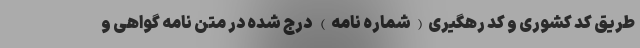
طریق کد کشوری و کد رهگیری(شماره نامه) درج شده در متن نامه گواهی و